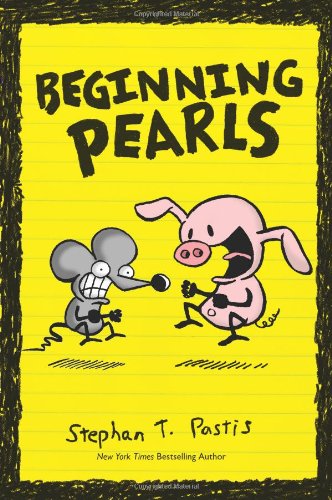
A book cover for Beginning Pearls (Pearls Before Swine); Stephan Pastis; Children's Books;